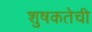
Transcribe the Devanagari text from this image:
शुषकतेची